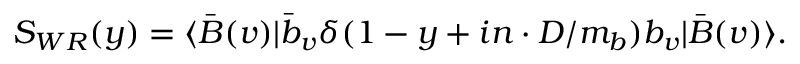
S _ { W R } ( y ) = \langle \bar { B } ( v ) | \bar { b } _ { v } \delta ( 1 - y + i n \cdot D / m _ { b } ) b _ { v } | \bar { B } ( v ) \rangle .